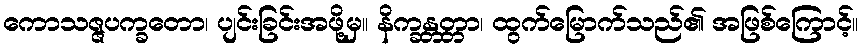
ကောသဇ္ဇပက္ခတော၊ ပျင်းခြင်းအဖို့မှ။ နိက္ခန္တတ္တာ၊ ထွက်မြောက်သည်၏ အဖြစ်ကြောင့်။